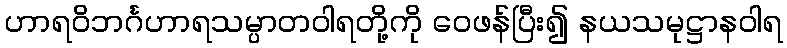
ဟာရဝိဘင်္ဂဟာရသမ္ပာတဝါရတို့ကို ဝေဖန်ပြီး၍ နယသမုဋ္ဌာနဝါရ